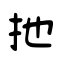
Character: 扡